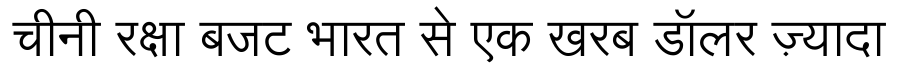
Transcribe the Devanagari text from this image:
चीनी रक्षा बजट भारत से एक खरब डॉलर ज़्यादा